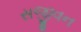
સજીવન